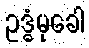
ဥဒ္ဓံမုခေါ